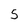
Character: 5